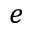
e